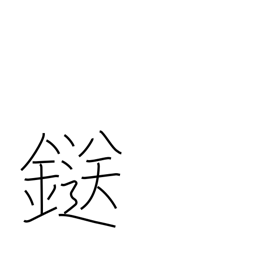
Meaning: clamp